Report on the working of the Ranchi Indian Mental Hospital, Kanke, in Bihar and Orissa - 1930-1940
Year: 1930
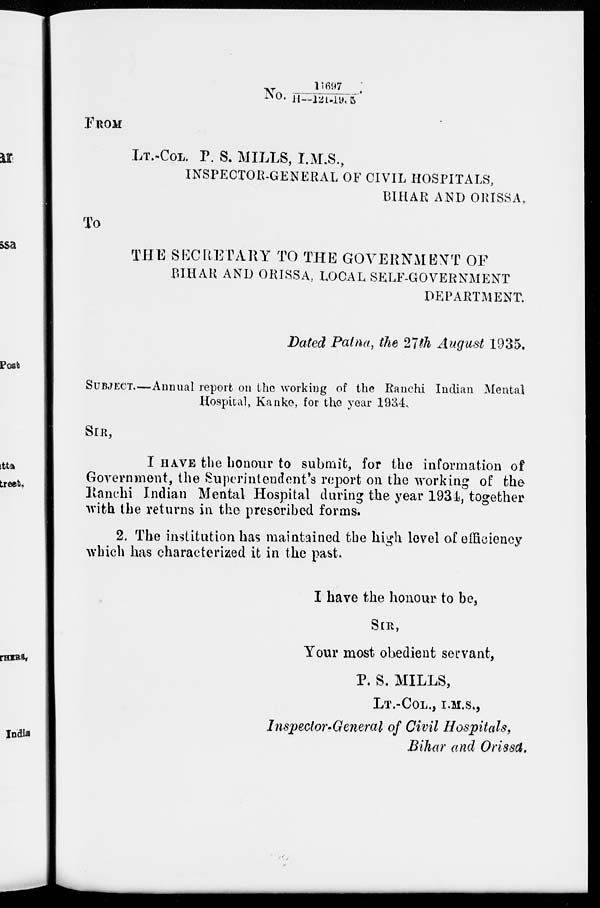
No. 11697/11—121-1/35
FROM
LT.-COL. P. S. MILLS, I.M.S.,
INSPECTOR-GENERAL OF CIVIL HOSPITALS,
BIHAR AND ORISSA,
To
THE SECRETARY TO THE GOVERNMENT OF
BIHAR AND ORISSA, LOCAL SELF-GOVERNMENT
DEPARTMENT.
Dated Patna, the 27th August 1935.
SUBJECT—Annual report on the working of the Ranchi Indian Mental
Hospital, Kanke, for the year 1934,
SIR,
I HAVE the honour to submit, for the information of
Government, the Superintendent's report on the working of the
Ranchi Indian Mental Hospital during the year 1934, together
with the returns in the prescribed forms.
2. The institution has maintained the high level of efficiency
which has characterized it in the past.
I have the honour to be,
SIR,
Your most obedient servant,
P. S. MILLS,
LT.-COL., I.M.S.,
Inspector-General of Civil Hospitals,
Bihar and Orissa.